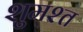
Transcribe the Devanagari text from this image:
शुमश्त